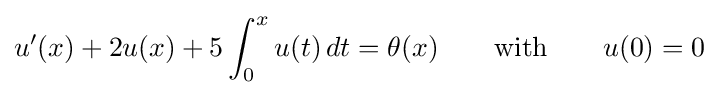
u'(x)+2u(x)+5\int _{0}^{x}u(t)\,dt=\theta (x)\qquad {\text{with}}\qquad u(0)=0